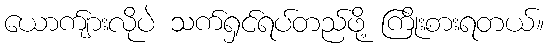
ယောက်ျားလိုပဲ သက်ရှင်ရပ်တည်ဖို့ ကြိုးစားရတယ်။